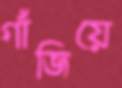
গাঁজিয়ে